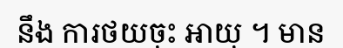
នឹង ការថយចុះ អាយុ ។ មាន